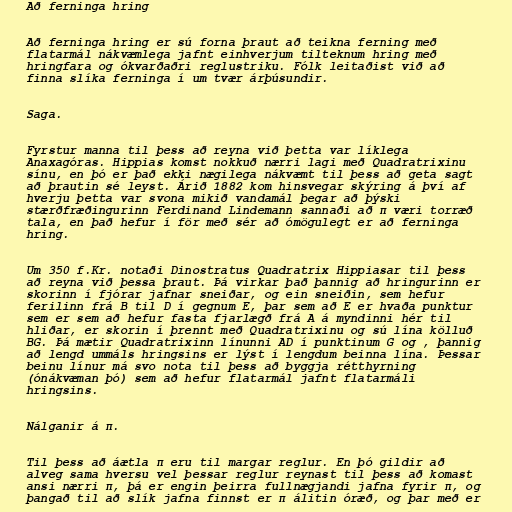
Að ferninga hring

Að ferninga hring er sú forna þraut að teikna ferning með
flatarmál nákvæmlega jafnt einhverjum tilteknum hring með
hringfara og ókvarðaðri reglustriku. Fólk leitaðist við að
finna slíka ferninga í um tvær árþúsundir.

Saga.

Fyrstur manna til þess að reyna við þetta var líklega
Anaxagóras. Hippias komst nokkuð nærri lagi með Quadratrixinu
sínu, en þó er það ekki nægilega nákvæmt til þess að geta sagt
að þrautin sé leyst. Árið 1882 kom hinsvegar skýring á því af
hverju þetta var svona mikið vandamál þegar að þýski
stærðfræðingurinn Ferdinand Lindemann sannaði að π væri torræð
tala, en það hefur í för með sér að ómögulegt er að ferninga
hring.

Um 350 f.Kr. notaði Dinostratus Quadratrix Hippiasar til þess
að reyna við þessa þraut. Þá virkar það þannig að hringurinn er
skorinn í fjórar jafnar sneiðar, og ein sneiðin, sem hefur
ferilinn frá B til D í gegnum E, þar sem að E er hvaða punktur
sem er sem að hefur fasta fjarlægð frá A á myndinni hér til
hliðar, er skorin í þrennt með Quadratrixinu og sú lína kölluð
BG. Þá mætir Quadratrixinn línunni AD í punktinum G og , þannig
að lengd ummáls hringsins er lýst í lengdum beinna lína. Þessar
beinu línur má svo nota til þess að byggja rétthyrning
(ónákvæman þó) sem að hefur flatarmál jafnt flatarmáli
hringsins.

Nálganir á π.

Til þess að áætla π eru til margar reglur. En þó gildir að
alveg sama hversu vel þessar reglur reynast til þess að komast
ansi nærri π, þá er engin þeirra fullnægjandi jafna fyrir π, og
þangað til að slík jafna finnst er π álitin óræð, og þar með er